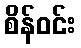
စိန်ဝင်း